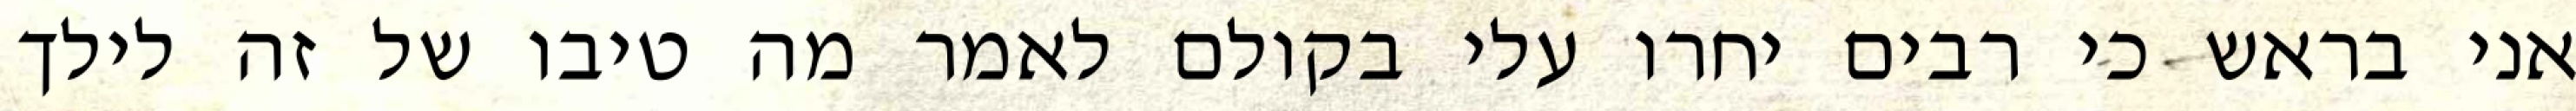
אני בראש כי רבים יחרו עלי בקולם לאמר מה טיבו של זה לילך